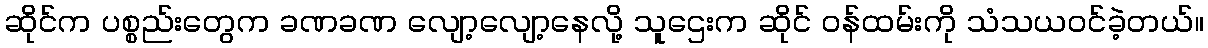
ဆိုင်က ပစ္စည်းတွေက ခဏခဏ လျော့လျော့နေလို့ သူဌေးက ဆိုင် ဝန်ထမ်းကို သံသယဝင်ခဲ့တယ်။